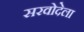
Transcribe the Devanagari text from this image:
सरवोदेला